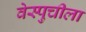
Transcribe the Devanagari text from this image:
वेस्पुचीला